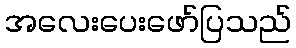
အလေးပေးဖော်ပြသည်